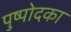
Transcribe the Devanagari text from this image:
पुष्पोदका